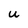
Character: U